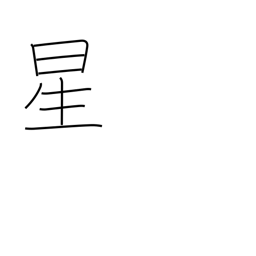
Meaning: star